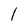
Character: l